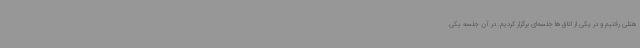
هتلی رفتیم و در یکی از اتاق‌ها جلسه‌ای برگزار کردیم. در آن جلسه یکی